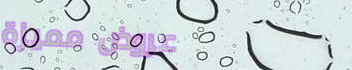
عروض مميزة